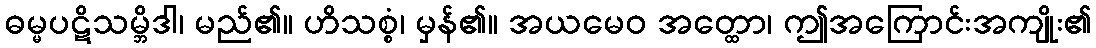
ဓမ္မပဋိသမ္ဘိဒါ၊ မည်၏။ ဟိသစ္စံ၊ မှန်၏။ အယမေဝ အတ္ထော၊ ဤအကြောင်းအကျိုး၏